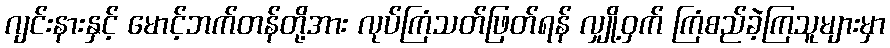
ဂျင်းနားနှင့် မောင့်ဘက်တန်တို့အား လုပ်ကြံသတ်ဖြတ်ရန် လျှို့ဝှက် ကြံစည်ခဲ့ကြသူများမှာ